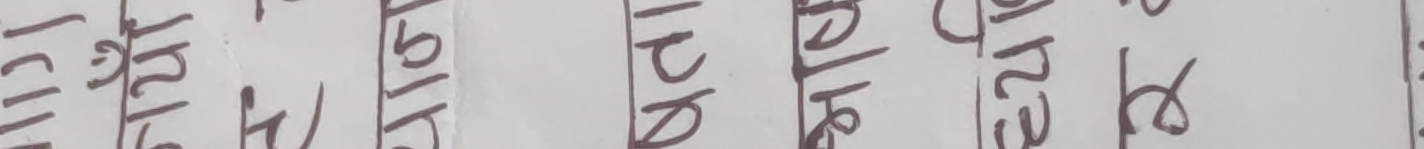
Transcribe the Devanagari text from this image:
बारेमा के